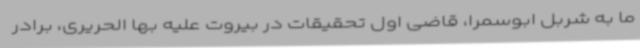
ما به شربل ابوسمرا، قاضی اول تحقیقات در بیروت علیه بها الحریری، برادر